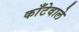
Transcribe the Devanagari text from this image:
काँटेवाले